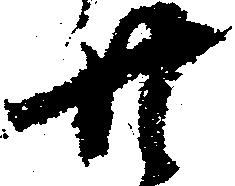
廿